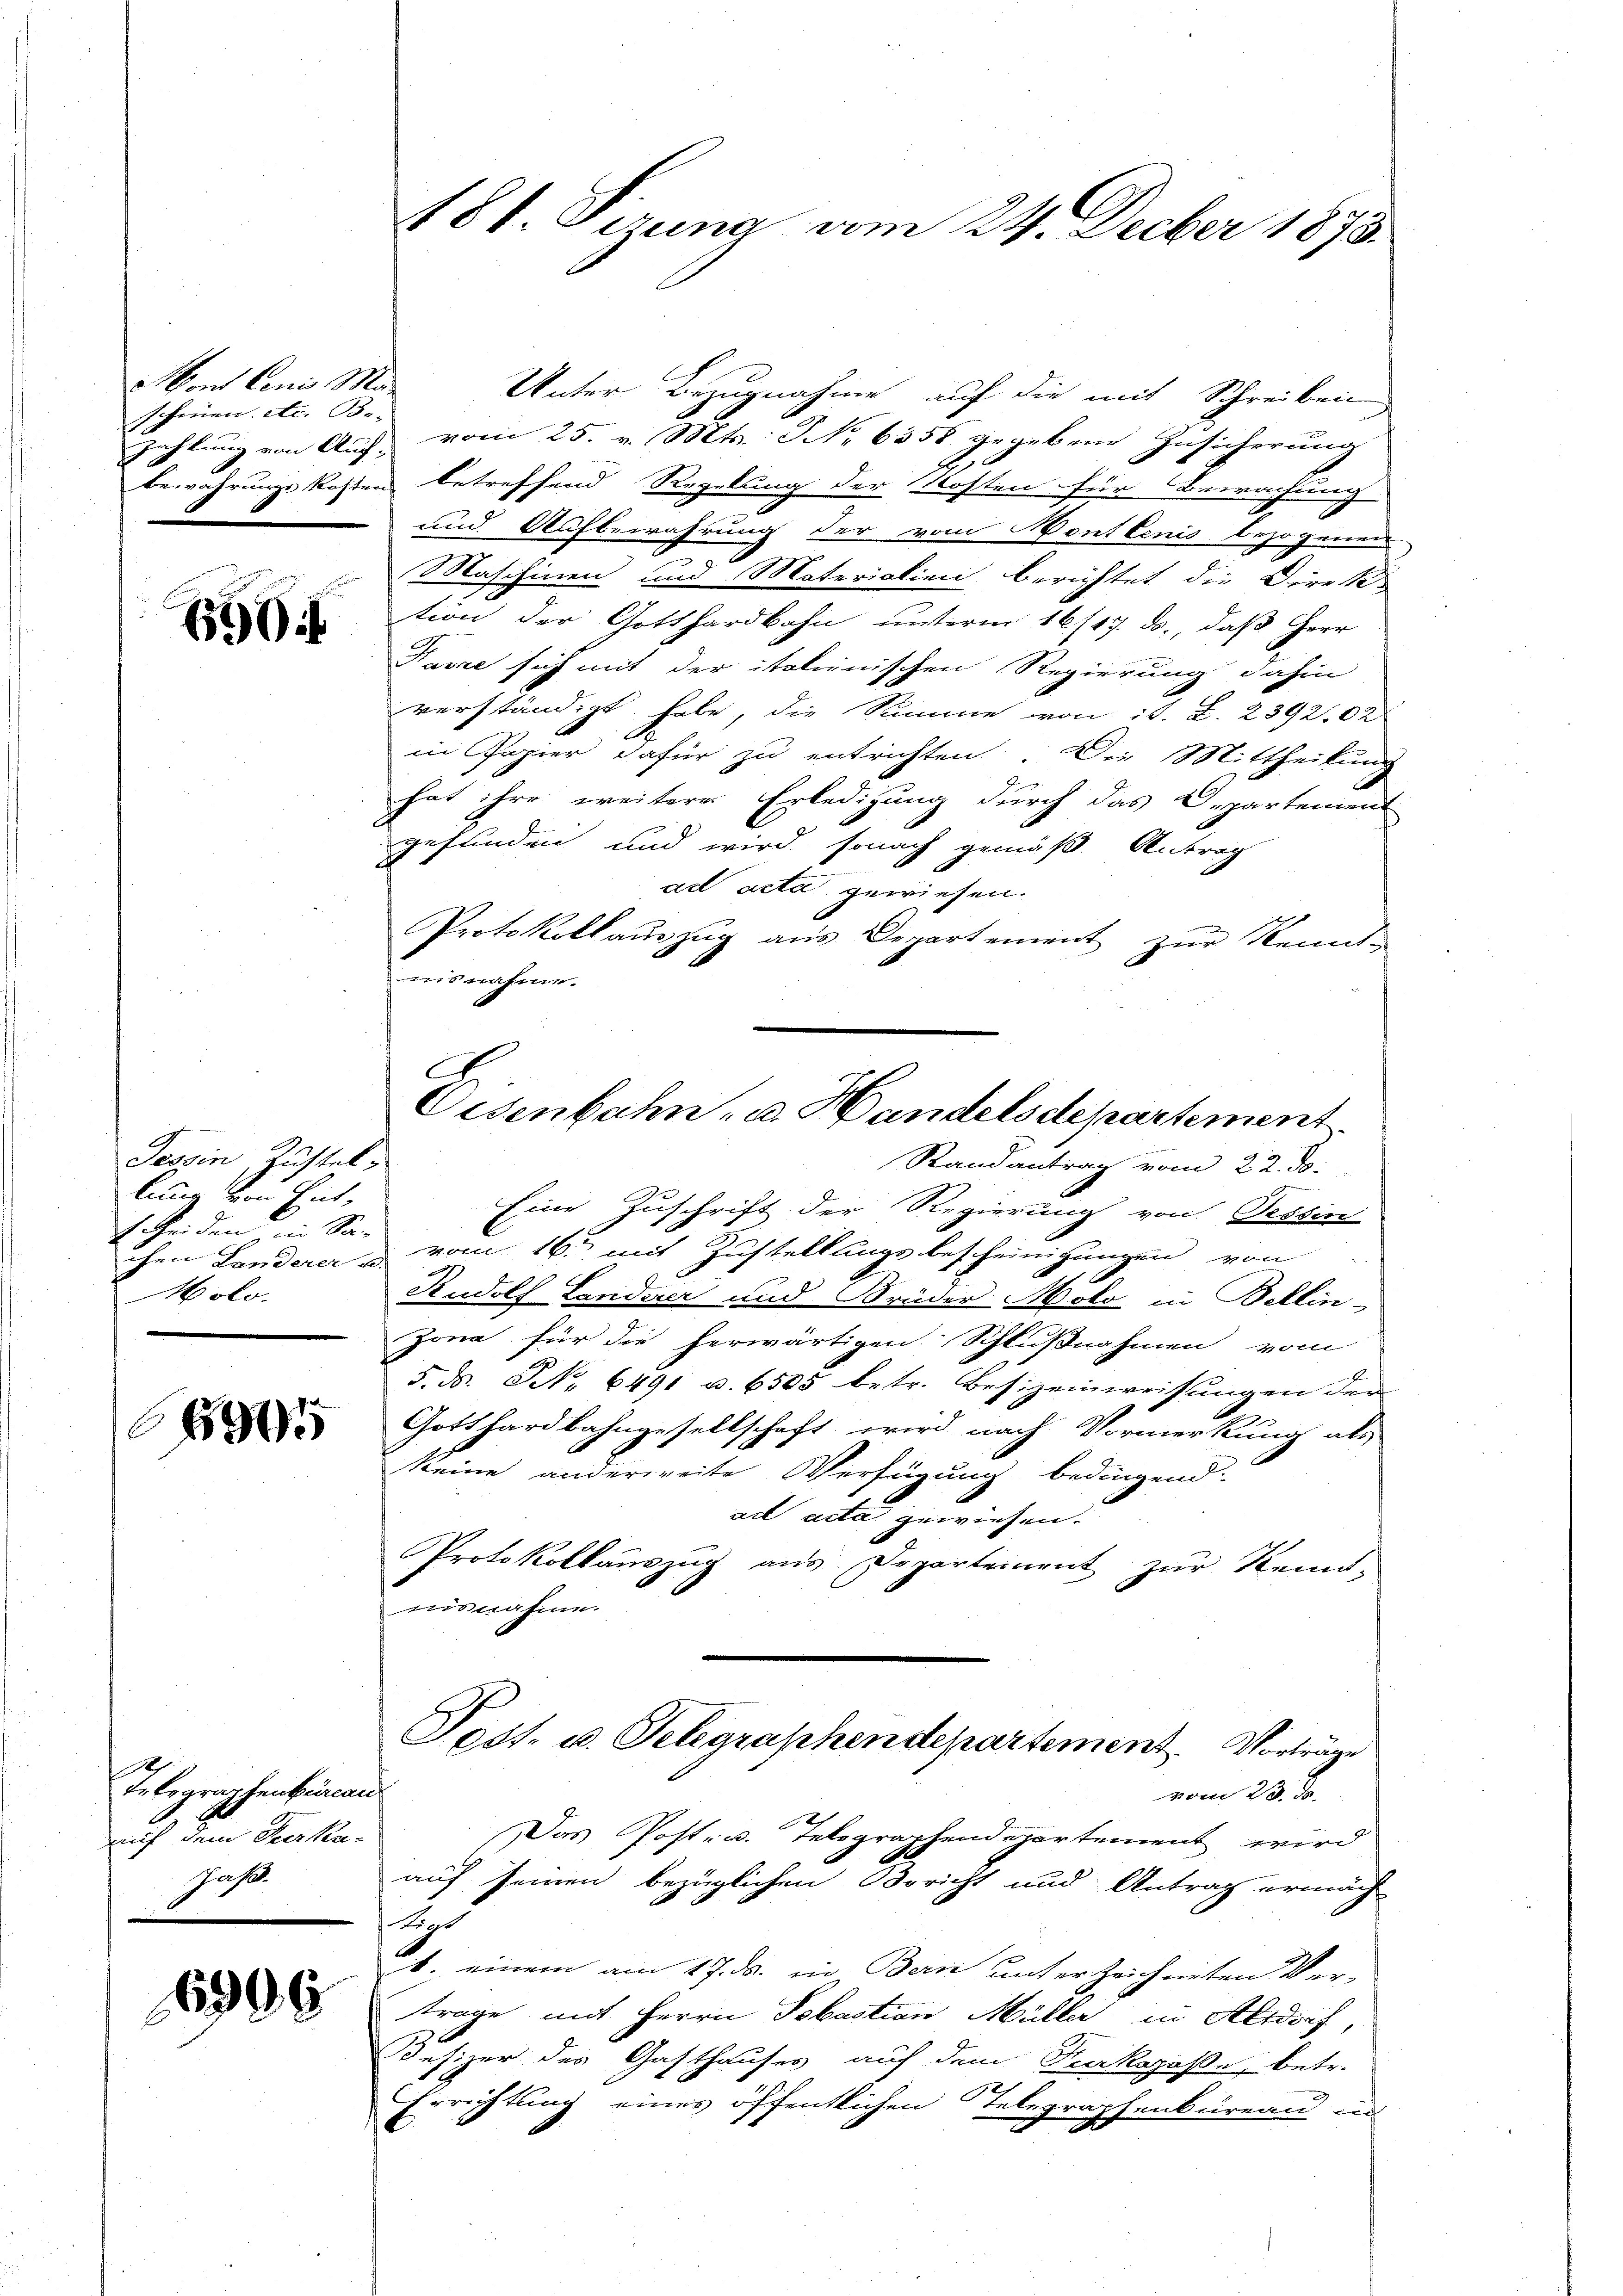
Mont Conis Maschien etc. Be-

670

Tessin, Zustel
lung von Ent¬
4 Heiden in Sinn
" Molo.

8905

10
TeErgraphenbureau
auch dem Decken.
Jasel

16906

181. Sizung vom 24. Decber 1873.

Unter Bezugnahme auf die mit Schreiben
zahlung von Auf vom 25. v. Mts. S. 6558 gegebene Zusicherung
bewahrungskosten betreffend Regelung der Kosten für Bewachung
und Aufbewahrung der vom Sontlenis bezogenen
Maschinen und Materialien berichtet, die Direk
tion der Gotthardbahn unterm 16/17. ds., daß Herr
Paske sich mit der italienischen Regierung dahin
verständigt habe, die Summe von i. B. 239202
in Papier dafür zu entrichten. Die Mittheilung
hat ihre weitere Erledigung durch das Departement
gefunden und wird, sonach gemäß Antrag
ad acta gewiesen.
Protokollaŭszŭg aŭs Departement zur Kenntusnahme.
Eine Zuschrift der Regierung von Tessin
chen Landerer & vom 16ten mit Zustellungsbescheinigungen von
Rudolf Landerer und Brüder Molo in Bellin-
Zona für die herwärtigen Schlußnahmen vom
5. ds. NNo. 6491 u. 6505 betr. Besizeinweisungen der
Gotthardbahngesellschaft wird nach Vormerkung als
keine anderweite Verfügung bedingend.
ad acta gewiesen.
Protokollauszug aus Departement zur Kennt-
misnahme.
Post. u. Telegraphendepartement. Vorträge
vom 23. J.
Das Post- u. Telegraphendepartement wird
auf seinen bezüglichen Bericht und Antrag ermäch-
Strast
. einem am 17. ds. in Bern unter Zeichneten Ver-
trage mit Herrn Sebastian Müller in Altdorf,
esizer des Gasthauses auf dem Neckagaße, betr.
Errichtung eines öffentlichen Telegraphenbüreau in

Eisenbahn- u. Handelsdepartement.
Randantrag vom 22. ds.